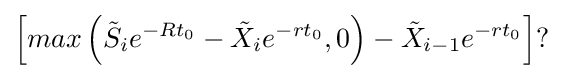
\left[max\left({\tilde {S}}_{i}e^{-Rt_{0}}-{\tilde {X}}_{i}e^{-rt_{0}},0\right)-{\tilde {X}}_{i-1}e^{-rt_{0}}\right]?